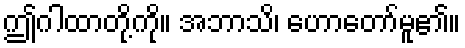
ဤဂါထာတို့ကို။ အဘာသိ၊ ဟောတော်မူ၏။